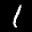
Label: 1